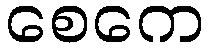
စေကေ